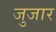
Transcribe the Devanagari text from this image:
जुजार